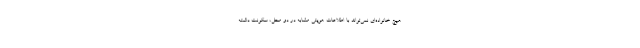
هیچ خانواده‌ای نمی‌تواند با اطلاعات هویتی مشابه در دو محل، سکونت داشته